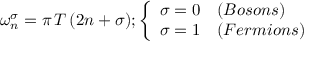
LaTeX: { \omega _ { n } ^ { \sigma } = \pi \, T \, ( 2 n + \sigma ) } ; \left\{ \begin{array} { l l } { { { \sigma = 0 } } } & { { ( B o s o n s ) } } \\ { { { \sigma = 1 } } } & { { ( F e r m i o n s ) } } \end{array} \right.